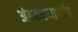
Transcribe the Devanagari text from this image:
अंतकरणापर्यंत